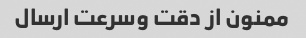
ممنون از دقت وسرعت ارسال